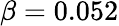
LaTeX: \beta=0.052